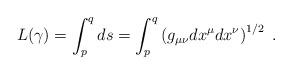
LaTeX: \begin{align*}L(\gamma )=\int_{p}^{q}ds=\int_{p}^{q}\left( g_{\mu \nu }dx^{\mu }dx^{\nu}\right) ^{1/2}~.\end{align*}